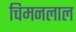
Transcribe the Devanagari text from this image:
चिमनलाल